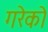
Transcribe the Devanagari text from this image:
गरेको